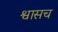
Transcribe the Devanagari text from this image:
श्वासच